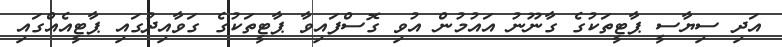
އަދި ސިޔާސީ ޕާޓީތަކުގެ ގާނޫނު އައުމުން އުވި ގޮސްފައިވާ ޕާޓީތަކުގެ ގަވާއިދުގައި ޕާޓީއެއްގައި